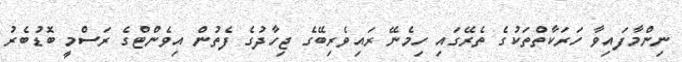
ނިންމާފައިވާ ހަރަކާތްތަކުގެ ތެރޭގައި ހިމެނޭ ރައިވެރިބޭގެ ޖިހާދުގެ ފެތުން އިވެންޓްގެ ރަސްމީ ބޮޑުބެރު